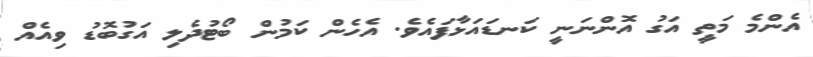
އެންމެ މަތީ އަގު އޮންނަނީ ކަނޑައަޅާފައެވެ. އެހެން ކަމުން ބޯޓުދެލި އަގުބޮޑު ވިއެއް